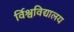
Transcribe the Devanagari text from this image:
र्विश्वविद्यालय